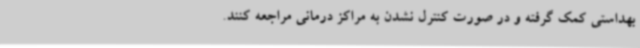
بهداستی کمک گرفته و در صورت کنترل نشدن به مراکز درمانی مراجعه کنند.